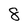
Character: 8